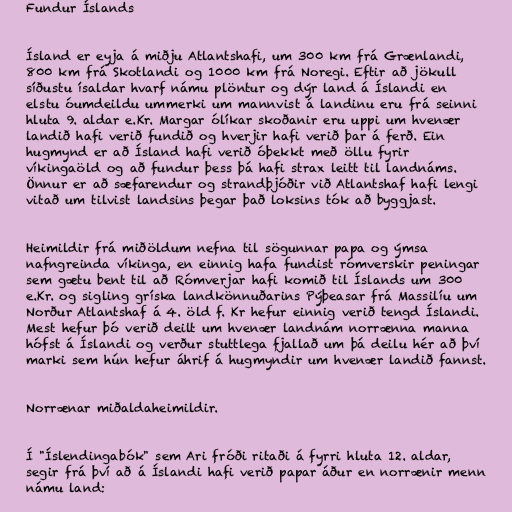
Fundur Íslands

Ísland er eyja á miðju Atlantshafi, um 300 km frá Grænlandi,
800 km frá Skotlandi og 1000 km frá Noregi. Eftir að jökull
síðustu ísaldar hvarf námu plöntur og dýr land á Íslandi en
elstu óumdeildu ummerki um mannvist á landinu eru frá seinni
hluta 9. aldar e.Kr. Margar ólíkar skoðanir eru uppi um hvenær
landið hafi verið fundið og hverjir hafi verið þar á ferð. Ein
hugmynd er að Ísland hafi verið óþekkt með öllu fyrir
víkingaöld og að fundur þess þá hafi strax leitt til landnáms.
Önnur er að sæfarendur og strandþjóðir við Atlantshaf hafi lengi
vitað um tilvist landsins þegar það loksins tók að byggjast.

Heimildir frá miðöldum nefna til sögunnar papa og ýmsa
nafngreinda víkinga, en einnig hafa fundist rómverskir peningar
sem gætu bent til að Rómverjar hafi komið til Íslands um 300
e.Kr. og sigling gríska landkönnuðarins Pýþeasar frá Massilíu um
Norður Atlantshaf á 4. öld f. Kr hefur einnig verið tengd Íslandi.
Mest hefur þó verið deilt um hvenær landnám norrænna manna
hófst á Íslandi og verður stuttlega fjallað um þá deilu hér að því
marki sem hún hefur áhrif á hugmyndir um hvenær landið fannst.

Norrænar miðaldaheimildir.

Í "Íslendingabók" sem Ari fróði ritaði á fyrri hluta 12. aldar,
segir frá því að á Íslandi hafi verið papar áður en norrænir menn
námu land: